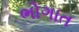
ભોગાત